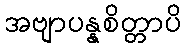
အဗျာပန္နစိတ္တာပိ